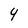
Character: 4